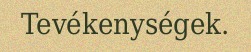
Tevékenységek.